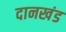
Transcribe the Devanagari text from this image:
दानखंड